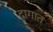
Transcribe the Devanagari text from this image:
दागात